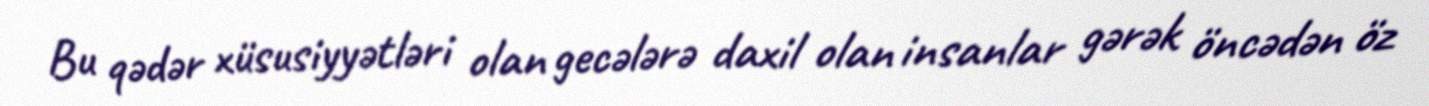
Bu qədər xüsusiyyətləri olan gecələrə daxil olan insanlar gərək öncədən öz